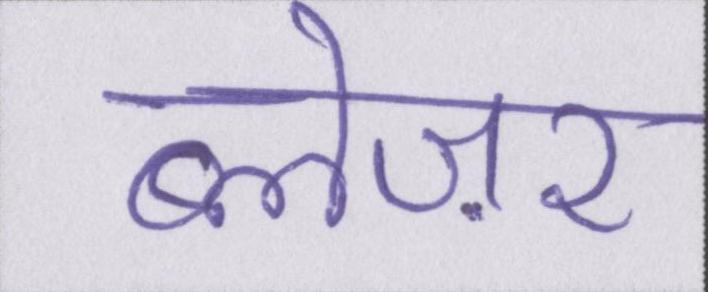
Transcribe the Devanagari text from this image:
ब्लेज़र